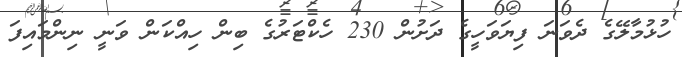
ހުޅުމާލޭގެ ދެވަނަ ފިޔަވަހީގެ ދަށުން 230 ހެކްޓަރުގެ ބިން ހިއްކަން ވަނީ ނިންމައިފަ